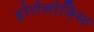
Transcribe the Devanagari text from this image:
होरोलोजिस्ट